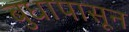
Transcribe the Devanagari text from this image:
बुधापासून